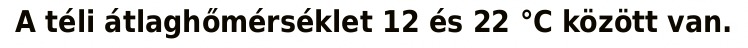
A téli átlaghőmérséklet 12 és 22 °C között van.